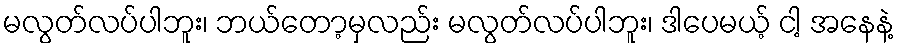
မလွတ်လပ်ပါဘူး၊ ဘယ်တော့မှလည်း မလွတ်လပ်ပါဘူး၊ ဒါပေမယ့် ငါ့ အနေနဲ့